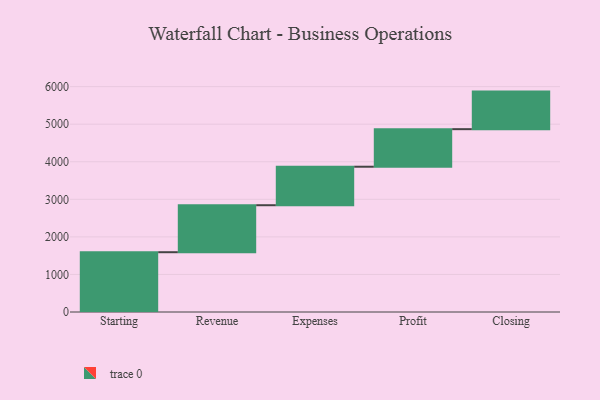
{"axis": {"x": "Step", "y": "Value"}, "legend": [""], "data": [{"x": "Starting", "y": 1592.0, "type": ""}, {"x": "Revenue", "y": 1251.0, "type": ""}, {"x": "Expenses", "y": 1025.0, "type": ""}, {"x": "Profit", "y": 1000, "type": ""}, {"x": "Closing", "y": 1000, "type": ""}]}